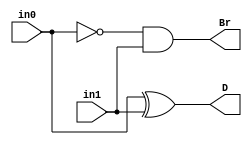
`timescale 1ns / 1ps
//////////////////////////////////////////////////////////////////////////////////
// Company: 
// 
// Design Name: Half Subtractor
// Module Name: Half_Subtractor
// Project Name: Half Subtractor
// Target Devices: 
// Tool Versions: Vivado 2020,2,2
// Description: 
// 
// Dependencies: 
// 
// Revision:
// Revision 0.01 - File Created
// Additional Comments:
// 
//////////////////////////////////////////////////////////////////////////////////


module Half_Subtractor(
    Br, 
    D,
    in0, 
    in1
    );
    
    output Br;
    output D;
    input in0;
    input in1;
    
    assign D = in0 ^ in1;
    assign Br = ~in0 & in1;
endmodule